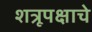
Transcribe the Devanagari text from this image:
शत्रूपक्षाचे